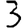
Digit: 3